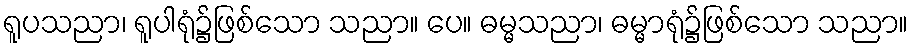
ရူပသညာ၊ ရူပါရုံ၌ဖြစ်သော သညာ။ ပေ။ ဓမ္မသညာ၊ ဓမ္မာရုံ၌ဖြစ်သော သညာ။